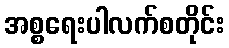
အစ္စရေးပါလက်စတိုင်း